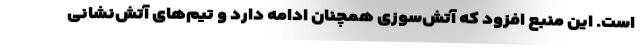
است. این منبع افزود که آتش‌سوزی همچنان ادامه دارد و تیم‌های آتش‌نشانی